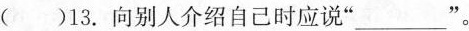
( )13.向别人介绍自己时应说"___"。